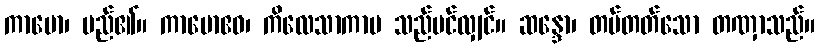
ကာမော၊ မည်၏။ ကာမောဧဝ၊ ကိလေသာကာမ သည်ပင်လျှင်။ ဆန္ဒော၊ တပ်တတ်သော တဏှာသည်။